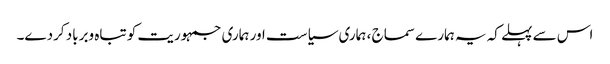
اس سے پہلے کہ یہ ہمارے سماج ، ہماری سیاست اور ہماری جمہوریت کو تباہ وبرباد کردے۔